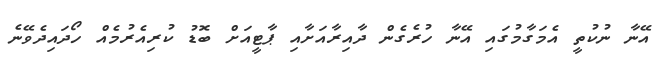
އޭނާ ނުކުތީ އެމަގާމުގައި އޭނާ ހުރެގެން ދާއިރާއަށާއި ޕާޓީއަށް ބޮޑު ކުރިއެރުމެއް ހޯދައިދެވޭނެ